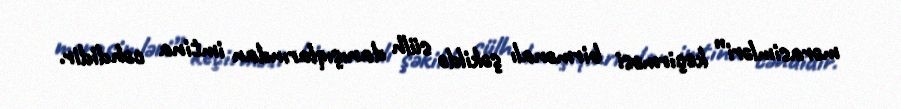
mərasimləri” keçirməsi birmənalı şəkildə sülh danışıqlarından imtina cəhdidir.